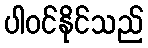
ပါဝင်နိုင်သည်